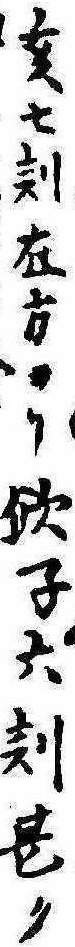
亥七刻右方ヨリ欠子六刻甚ク